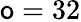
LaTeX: \mathsf{o}=32